Problem: 7 × 5 = ?
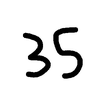
Handwritten answer: 35